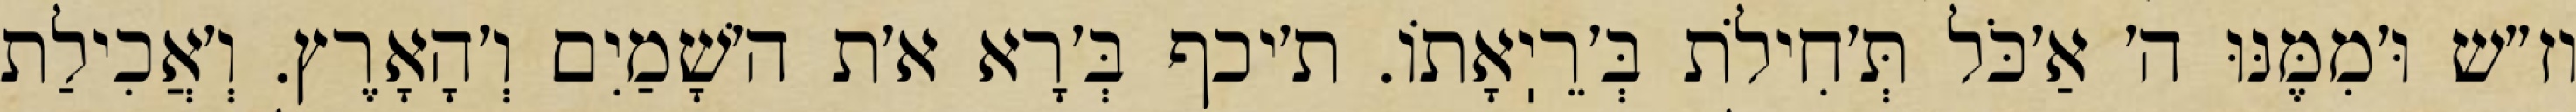
וז״ש וּ׳מִמֶּנּוּ ה׳ אַ׳כֹּל תְּ׳חִילֹת בְּ׳רֵיֽאָתוֹ. ת׳יכף בְּ׳רָא א׳ת ה׳שָׁמַיִם וְ׳הָאָרֶץ. וְ׳אֲכִילַת